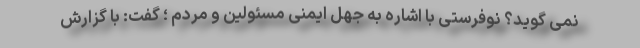
نمی گوید؟ نوفرستی با اشاره به جهل ایمنی مسئولین و مردم ؛ گفت: با گزارش